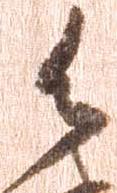
御